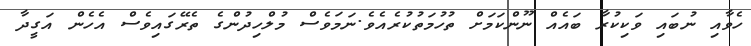
ހެވާއި ނުބައި ވަކިކުރާ ބައެއް ނޫންކަމަށް ތުހުމަތުކުރެއެވެ.ނަމަވެސް މުލްހިދުންގެ ތެރޭގައިވެސް އެހެން އަގީދާ